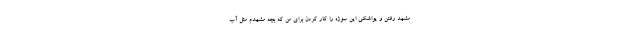
مشهد رفتن و یواشکی این سوژه را کار کردن برای من که بچه مشهدم مثل آب